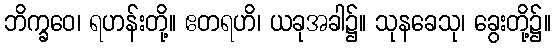
ဘိက္ခဝေ၊ ရဟန်းတို့။ ဧတရဟိ၊ ယခုအခါ၌။ သုနခေသု၊ ခွေးတို့၌။